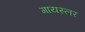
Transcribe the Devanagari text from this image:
गायस्लर